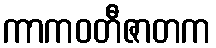
ကာကဝတီဇာတက